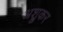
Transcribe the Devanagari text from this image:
अश्रुकर